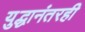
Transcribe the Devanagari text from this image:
युद्धानंतरही